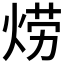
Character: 𱫊